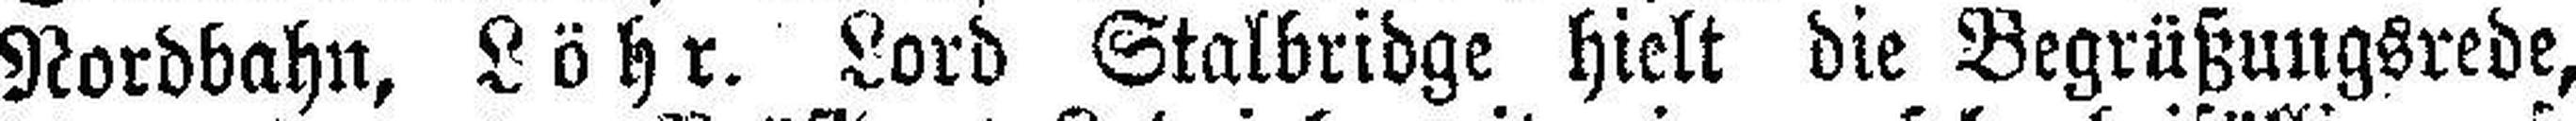
Nordbahn, Löhr. Lord Stalbridge hielt die Begrüßungsrede,